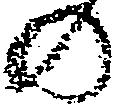
の